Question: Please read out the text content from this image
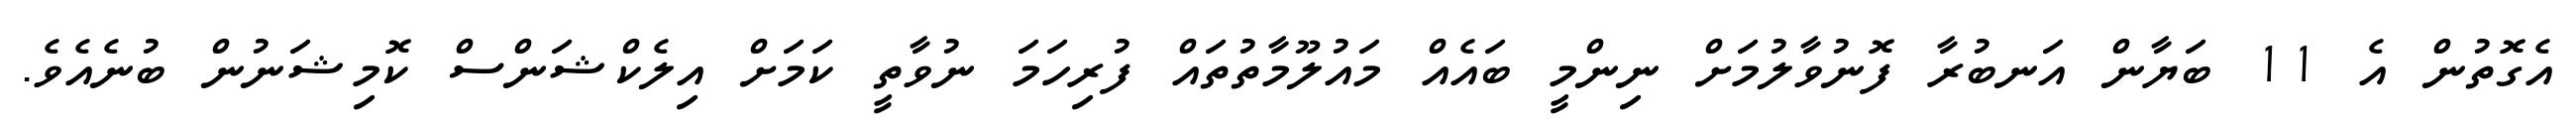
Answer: އެގޮތުން އެ 11 ބަޔާން އަނބުރާ ފޮނުވާލުމަށް ނިންމީ ބައެއް މައުލޫމާތުތައް ފުރިހަމަ ނުވާތީ ކަމަށް އިލެކްޝަންސް ކޮމިޝަނުން ބުނެއެވެ.